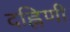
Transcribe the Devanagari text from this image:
दह्निणी